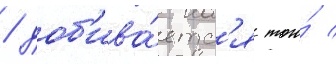
/ доб'ива́етс'я того́ /